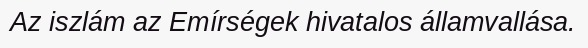
Az iszlám az Emírségek hivatalos államvallása.